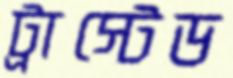
ট্রাস্টেড